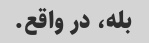
بله، در واقع.